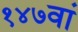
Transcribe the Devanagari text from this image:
१४७वां